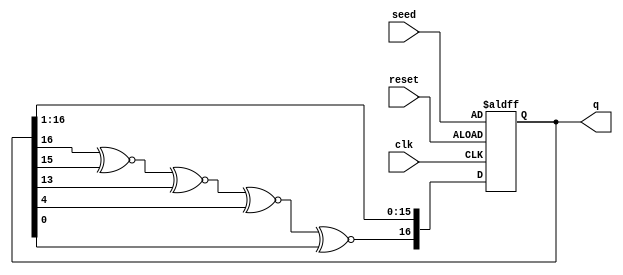
// Modified by : Riccardo Cantoro (last change: 18-Nov-2020)


module lfsr
#(
    parameter N = 16
)

(
    input wire clk, reset,
	input wire [N:0] seed,
    output wire [N:0] q
);

reg [N:0] r_reg;
wire [N:0] r_next;
wire feedback_value;
                        
always @(posedge clk, posedge reset)
begin 
    if (reset)
        r_reg <= seed;  // use this or uncomment below two line
    else //if (clk)//if (clk == 1'b1)
        r_reg <= r_next;
end

generate
case (N)
3:
	//// Feedback polynomial : x^3 + x^2 + 1
	////total sequences (maximum) : 2^3 - 1 = 7
	assign feedback_value = r_reg[3] ~^ r_reg[2] ~^ r_reg[0];

4:	assign feedback_value = r_reg[4] ~^ r_reg[3] ~^ r_reg[0];

5:  //maximum length = 28 (not 31)
	assign feedback_value = r_reg[5] ~^ r_reg[3] ~^ r_reg[0];

9:	assign feedback_value = r_reg[9] ~^ r_reg[5] ~^ r_reg[0];

10: assign feedback_value = r_reg[10] ~^ r_reg[7] ~^ r_reg[0];

16: assign feedback_value = r_reg[16] ~^ r_reg[15] ~^ r_reg[13] ~^ r_reg[4] ~^ r_reg[0];

17: assign feedback_value = r_reg[17] ~^ r_reg[3] ~^ r_reg[0];

24: assign feedback_value = r_reg[24] ~^ r_reg[7] ~^ r_reg[2] ~^ r_reg[1] ~^ r_reg[0];

32: assign feedback_value = r_reg[32] ~^ r_reg[22] ~^ r_reg[2] ~^ r_reg[1] ~^ r_reg[0];


default: 
	begin
		 initial
			$display("Missing N=%d in the LFSR code, please implement it!", N);
		//illegal missing_case("please implement");
	end		
endcase
endgenerate


assign r_next = {feedback_value, r_reg[N:1]};
assign q = r_reg;
endmodule